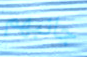
جانبهم